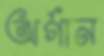
অর্গান